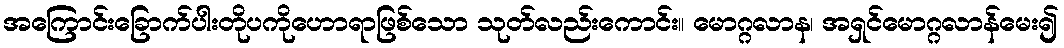
အကြောင်းခြောက်ပါးတိုပကိုဟောရာဖြစ်သော သုတ်လည်းကောင်း။ မောဂ္ဂလာန၊ အရှင်မောဂ္ဂလာန်မေး၍